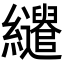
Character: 𦇶